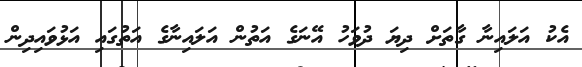
އެކު އަލައިނާ ގާތަށް ދިޔަ ދުވަހު އޭނަގެ އަތުން އަލައިނާގެ އަތުގައި އަޅުވައިދިން